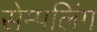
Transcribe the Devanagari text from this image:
सेम्पलिंग